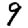
Digit: 9